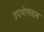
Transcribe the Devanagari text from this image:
उपभोगतात